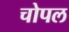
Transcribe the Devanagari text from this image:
चोपल